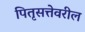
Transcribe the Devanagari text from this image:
पितृसत्तेवरील